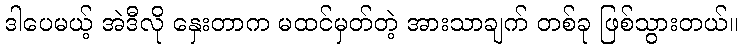
ဒါပေမယ့် အဲဒီလို နှေးတာက မထင်မှတ်တဲ့ အားသာချက် တစ်ခု ဖြစ်သွားတယ်။